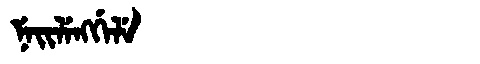
Manchu: ᠨᡝᡳᠯᡝᠩᡤᡝᠯᡝ
Romanization: NEILENGGELE